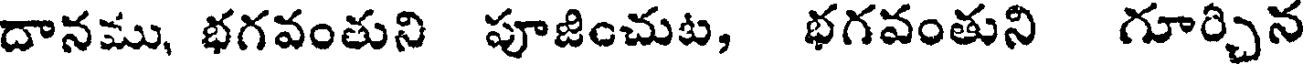
దానము, భగవంతుని పూజించుట, భగవంతుని గూర్చిన